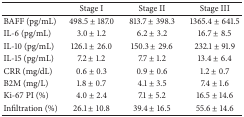
<table><thead><tr><td><b> </b></td><td><b>Stage I</b></td><td><b>Stage II</b></td><td><b>Stage III</b></td></tr></thead><tbody><tr><td>BAFF (pg/mL)</td><td>498.5 ± 187.0</td><td>813.7 ± 398.3</td><td>1365.4 ± 641.5</td></tr><tr><td>IL-6 (pg/mL)</td><td>3.0 ± 1.2</td><td>6.2 ± 3.2</td><td>16.7 ± 8.5</td></tr><tr><td>IL-10 (pg/mL)</td><td>126.1 ± 26.0</td><td>150.3 ± 29.6</td><td>232.1 ± 91.9</td></tr><tr><td>IL-15 (pg/mL)</td><td>7.2 ± 1.2</td><td>7.7 ± 1.2</td><td>13.4 ± 6.4</td></tr><tr><td>CRR (mg/dL) </td><td>0.6 ± 0.3</td><td>0.9 ± 0.6</td><td>1.2 ± 0.7</td></tr><tr><td>B2M (mg/L)</td><td>1.8 ± 0.7</td><td>4.1 ± 3.5</td><td>7.4 ± 1.6</td></tr><tr><td>Ki-67 PI (%)</td><td>4.0 ± 2.4</td><td>7.1 ± 5.2</td><td>16.5 ± 14.6</td></tr><tr><td>Infiltration (%)</td><td>26.1 ± 10.8</td><td>39.4 ± 16.5</td><td>55.6 ± 14.6</td></tr></tbody></table>